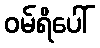
ဝမ်ရိပေါ်